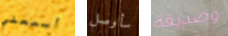
أسمعني سأوصل وصديقة